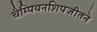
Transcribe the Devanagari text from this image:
चैम्पियनशिपजीतने